Civil Veterinary Department. Madras. Admin. report 1926-33 - 1926-1933
Year: 1926
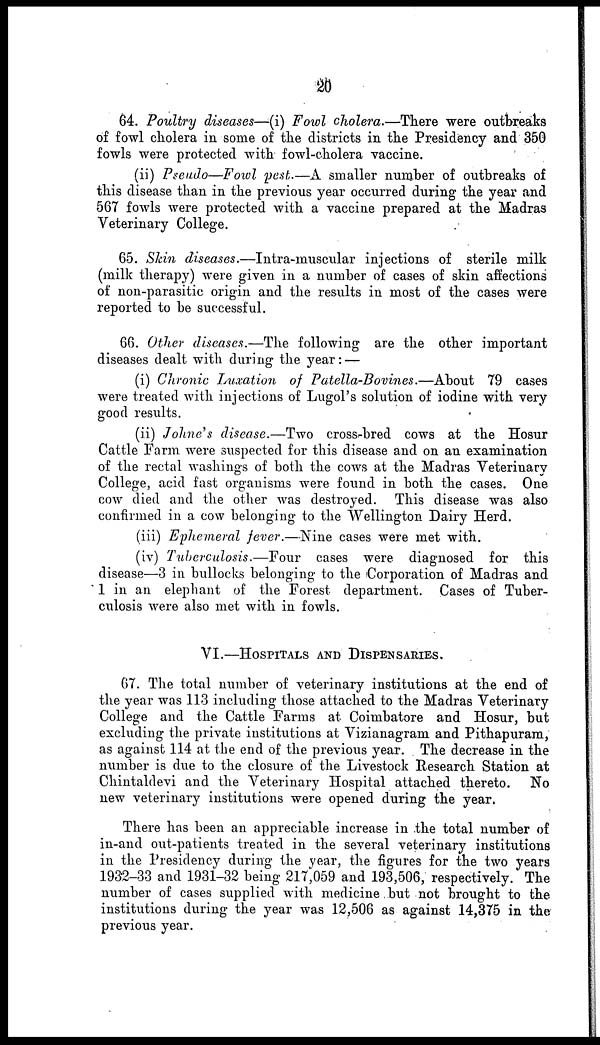
20
64. Poultry diseases—(i) Fowl cholera.—There were outbreaks
of fowl cholera in some of the districts in the Presidency and 350
fowls were protected with fowl-cholera vaccine.
(ii) Pteudo—Fowl pest.—A smaller number of outbreaks of
this disease than in the previous year occurred during the year and
567 fowls were protected with a vaccine prepared at the Madras
Veterinary College.
65. Skin diseases.—Intra-muscular injections of sterile milk
(milk therapy) were given in a number of cases of skin affections
of non-parasitic origin and the results in most of the cases were
reported to he successful.
66. Other diseases.—The following are the other important
diseases dealt with during the year :—
(i) Chronic Luxation of Patella-Bovines.—About 79 cases
were treated with injections of Lugol's solution of iodine with very
good results.
(ii) Johne's disease.—Two cross-bred cows at the Hosur
Cattle Farm were suspected for this disease and on an examination
of the rectal washings of both the cows at the Madras Veterinary
College, acid fast organisms were found in both the cases. One
cow died and the other was destroyed. This disease was also
confirmed in a cow belonging to the Wellington Dairy Herd.
(iii) Ephemeral fever.—Nine cases were met with.
(iv) Tuberculosis.—Four cases were diagnosed for this
disease—3 in bullocks belonging to the Corporation of Madras and
1 in an elephant of the Forest department. Cases of Tuber-
culosis were also met with in fowls.
VI.—HOSPITALS AND DISPENSARIES.
67. The total number of veterinary institutions at the end of
the year was 113 including those attached to the Madras Veterinary
College and the Cattle Farms at Coimbatore and Hosur, but
excluding the private institutions at Vizianagram and Pithapuram,
as against 114 at the end of the previous year. The decrease in the
number is due to the closure of the Livestock Research Station at
Chintaldevi and the Veterinary Hospital attached thereto. No
new veterinary institutions were opened during the year.
There has been an appreciable increase in the total number of
in-and out-patients treated in the several veterinary institutions
in the Presidency during the year, the figures for the two years
1932-33 and 1931-32 being 217,059 and 193,506, respectively. The
number of cases supplied with medicine but not brought to the
institutions during the year was 12,506 as against 14,375 in the
previous year.